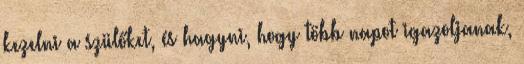
kezelni a szülőket, és hagyni, hogy több napot igazoljanak,